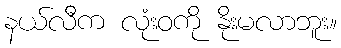
နယ်လီက လုံးဝကို နိုးမလာဘူး။